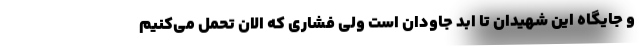
و جایگاه این شهیدان تا ابد جاودان است ولی فشاری که الان تحمل می‌کنیم